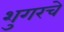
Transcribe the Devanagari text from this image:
शुगरचे